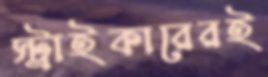
স্ট্রাইকারেরই